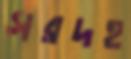
সরদহ